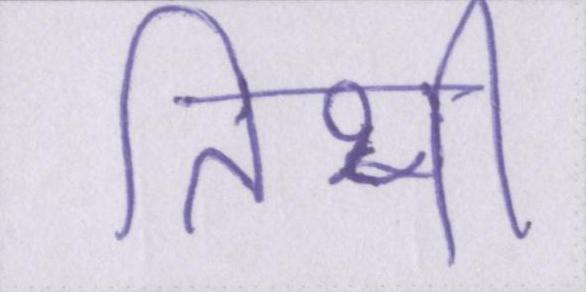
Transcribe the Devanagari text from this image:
तिथी